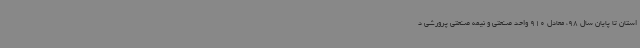
استان تا پایان سال 98، معادل 910 واحد صنعتی و نیمه صنعتی پرورشی د